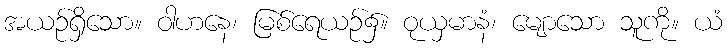
အယဉ်ရှိသော။ ဝါဟနေ၊ မြစ်ရေယဉ်၌။ ဝုယှမာနံ၊ မျောသော သူကို။ ယံ